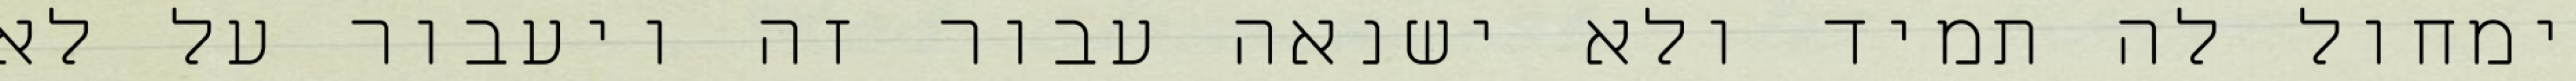
ימחול לה תמיד ולא ישנאה עבור זה ויעבור על לא